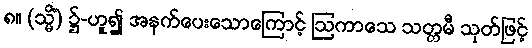
၈။ (သ္မိံ) ၌-ဟူ၍ အနက်ပေးသောကြောင့် ဩကာသေ သတ္တမီ သုတ်ဖြင့်